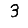
Digit: 3